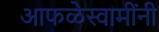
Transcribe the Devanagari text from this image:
आफळेस्वामींनी